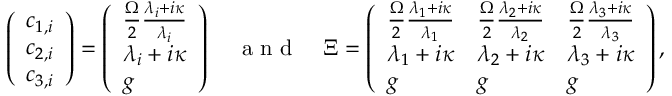
\left( \begin{array} { l } { c _ { 1 , i } } \\ { c _ { 2 , i } } \\ { c _ { 3 , i } } \end{array} \right) = \left( \begin{array} { l } { \frac { \Omega } { 2 } \frac { \lambda _ { i } + i \kappa } { \lambda _ { i } } } \\ { \lambda _ { i } + i \kappa } \\ { g } \end{array} \right) \quad \textrm { a n d } \quad \Xi = \left( \begin{array} { l l l } { \frac { \Omega } { 2 } \frac { \lambda _ { 1 } + i \kappa } { \lambda _ { 1 } } } & { \frac { \Omega } { 2 } \frac { \lambda _ { 2 } + i \kappa } { \lambda _ { 2 } } } & { \frac { \Omega } { 2 } \frac { \lambda _ { 3 } + i \kappa } { \lambda _ { 3 } } } \\ { \lambda _ { 1 } + i \kappa } & { \lambda _ { 2 } + i \kappa } & { \lambda _ { 3 } + i \kappa } \\ { g } & { g } & { g } \end{array} \right) ,